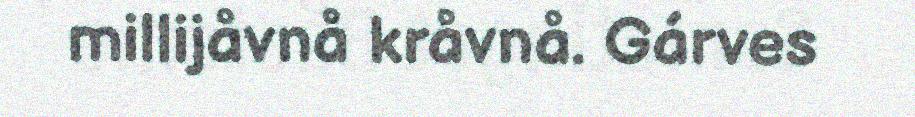
millijåvnå kråvnå. Gárves